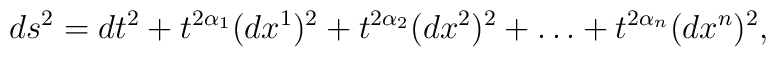
ds^2= dt^2 + t ^{2 \alpha_1} (dx^1)^2 + t ^{2 \alpha_2} (dx^2)^2+\ldots + t^{2 \alpha_n} (dx^n)^2,